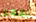
نقفز